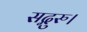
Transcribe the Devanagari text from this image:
सद्गुरु।